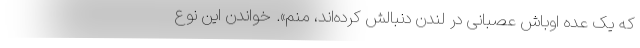
که یک عده اوباش عصبانی در لندن دنبالش کرده‌اند، منم». خواندن این نوع